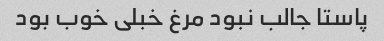
پاستا جالب نبود مرغ خبلی خوب بود